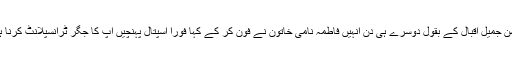
احسن جمیل اقبال کے بقول دوسرے ہی دن انہیں فاطمہ نامی خاتون نے فون کر کے کہا فوراً اسپتال پہنچیں آپ کا جگر ٹرانسپلانٹ کرنا ہے۔